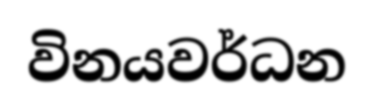
විනයවර්ධන